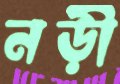
নড়ী